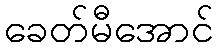
ခေတ်မီအောင်